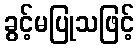
ခွင့်မပြုသဖြင့်